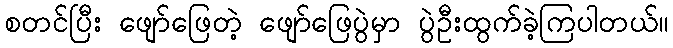
စတင်ပြီး ဖျော်ဖြေတဲ့ ဖျော်ဖြေပွဲမှာ ပွဲဦးထွက်ခဲ့ကြပါတယ်။